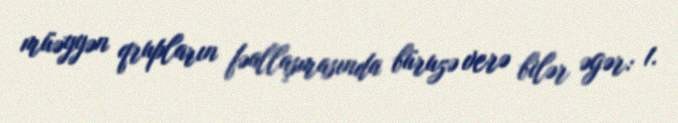
müəyyən qrupların fəallaşmasında büruzə verə bilər əgər: 1.